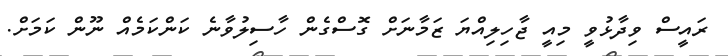
ރައީސް ވިދާޅުވީ މިއީ ޖާހިލިއްޔަ ޒަމާނަށް ގޮސްގެން ހާސިލުވާނެ ކަންކަމެއް ނޫން ކަމަށް.